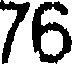
76